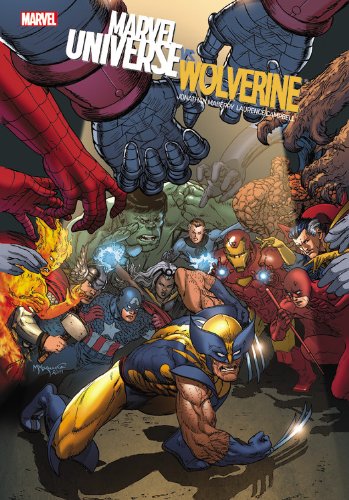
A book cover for Marvel Universe vs. Wolverine; Jonathan Maberry; Comics & Graphic Novels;